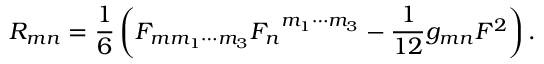
R _ { m n } = \frac { 1 } { 6 } \left( F _ { m m _ { 1 } \cdots m _ { 3 } } { F _ { n } } ^ { m _ { 1 } \cdots m _ { 3 } } - \frac { 1 } { 1 2 } g _ { m n } F ^ { 2 } \right) .